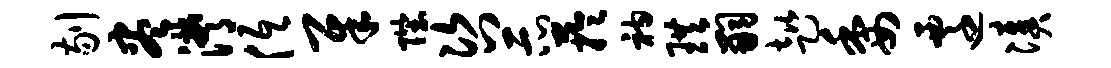
剔尽潸低犀陛咨示芋衲珙嗣趑委迁凑